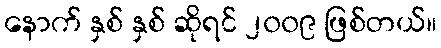
နောက် နှစ် နှစ် ဆိုရင် ၂၀၀၉ ဖြစ်တယ်။